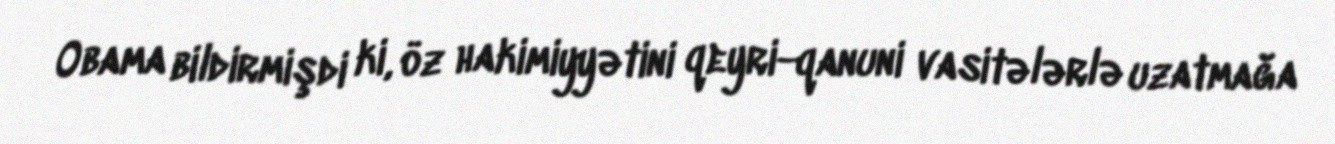
Obama bildirmişdi ki, öz hakimiyyətini qeyri-qanuni vasitələrlə uzatmağa